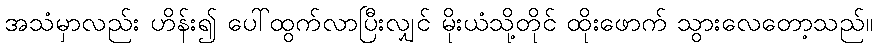
အသံမှာလည်း ဟိန်း၍ ပေါ်ထွက်လာပြီးလျှင် မိုးယံသို့တိုင် ထိုးဖောက် သွားလေတော့သည်။